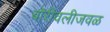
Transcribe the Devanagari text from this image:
बोरीवलीजवळ